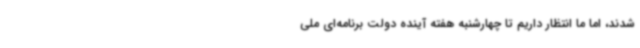
شدند، اما ما انتظار داریم تا چهارشنبه هفته آینده دولت برنامه‌ای ملی